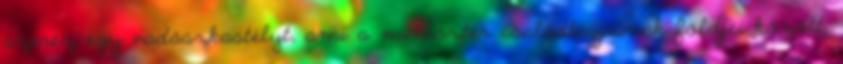
szerez egy vadászkastélyt, ami a miniszter családtagjainak földjei között,